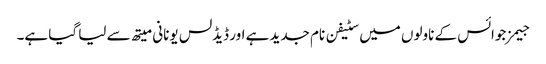
جیمز جوائس کے ناولوں میں سٹیفن نام جدید ہے اور ڈیڈلس یونانی میتھ سے لیا گیا ہے۔